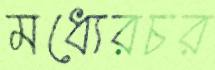
মধ্যেরচর